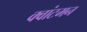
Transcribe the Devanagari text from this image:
क्वांटमन